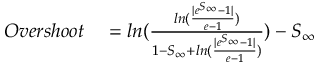
\begin{array} { r l } { O v e r s h o o t } & { { } = l n ( \frac { l n ( \frac { | e ^ { S _ { \infty } } - 1 | } { e - 1 } ) } { 1 - S _ { \infty } + l n ( \frac { | e ^ { S _ { \infty } } - 1 | } { e - 1 } ) } ) - S _ { \infty } } \end{array}